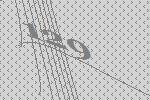
129